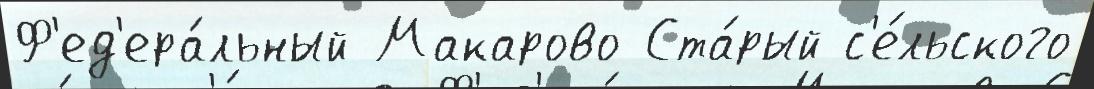
Ф'ед'ера́льный Макарово Ста́рый с'е́льского